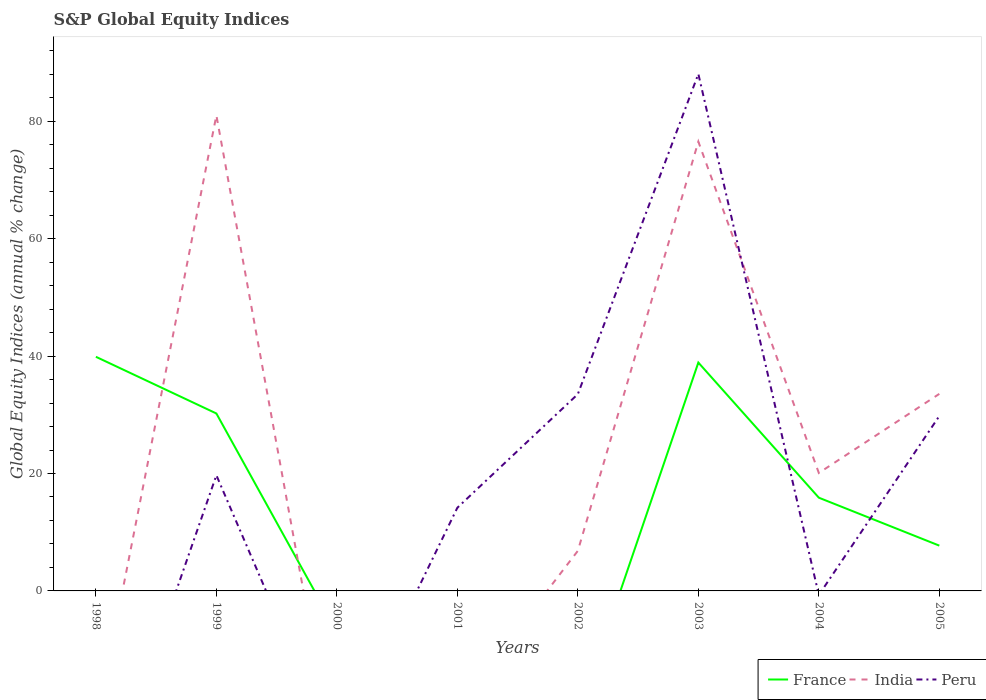
| Years | France | India | Peru |
 | --- | --- | --- | --- |
 | 1998 | 39.9 | -23 | -39.3 |
 | 1999 | 30.2 | 81 | 19.7 |
 | 2000 | -6.91 | -31.1 | -28.1 |
 | 2001 | -26.6 | -19.9 | 14.2 |
 | 2002 | -21.2 | 6.83 | 33.5 |
 | 2003 | 38.9 | 76.5 | 88.1 |
 | 2004 | 15.9 | 20.1 | -0.7 |
 | 2005 | 7.71 | 33.6 | 29.8 |